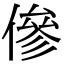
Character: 傪